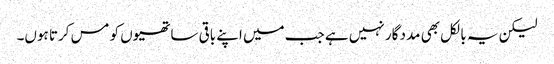
لیکن یہ بالکل بھی مدد گار نہیں ہے جب میں اپنے باقی ساتھیوں کو مس کرتا ہوں۔